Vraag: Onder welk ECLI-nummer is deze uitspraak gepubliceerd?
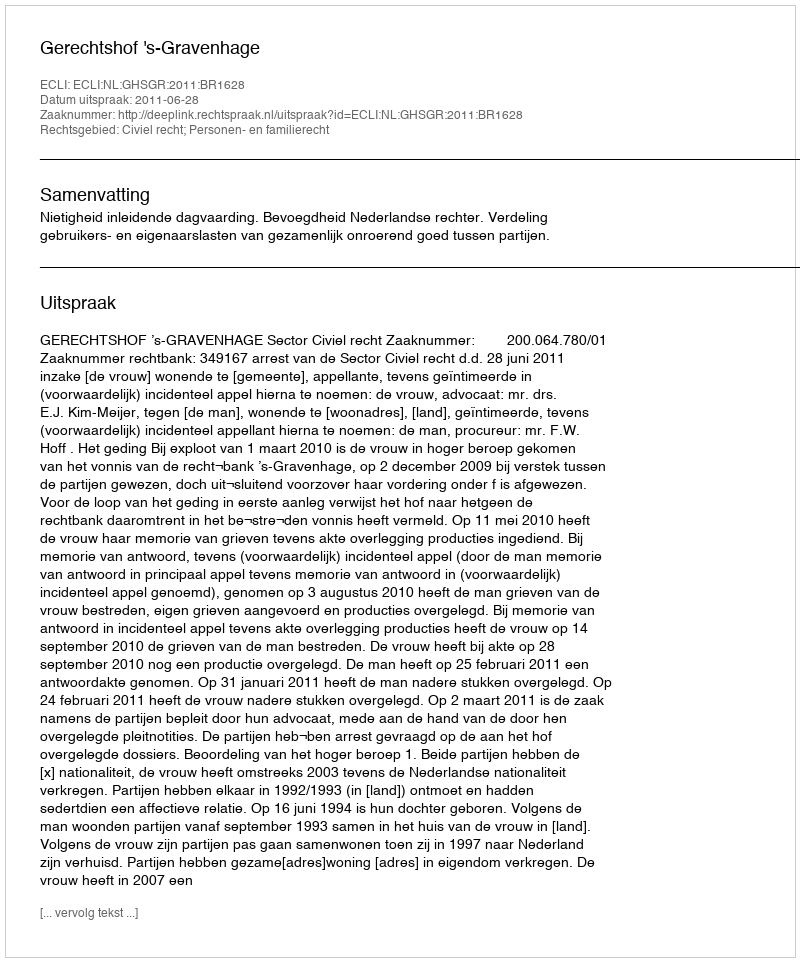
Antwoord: ECLI:NL:GHSGR:2011:BR1628